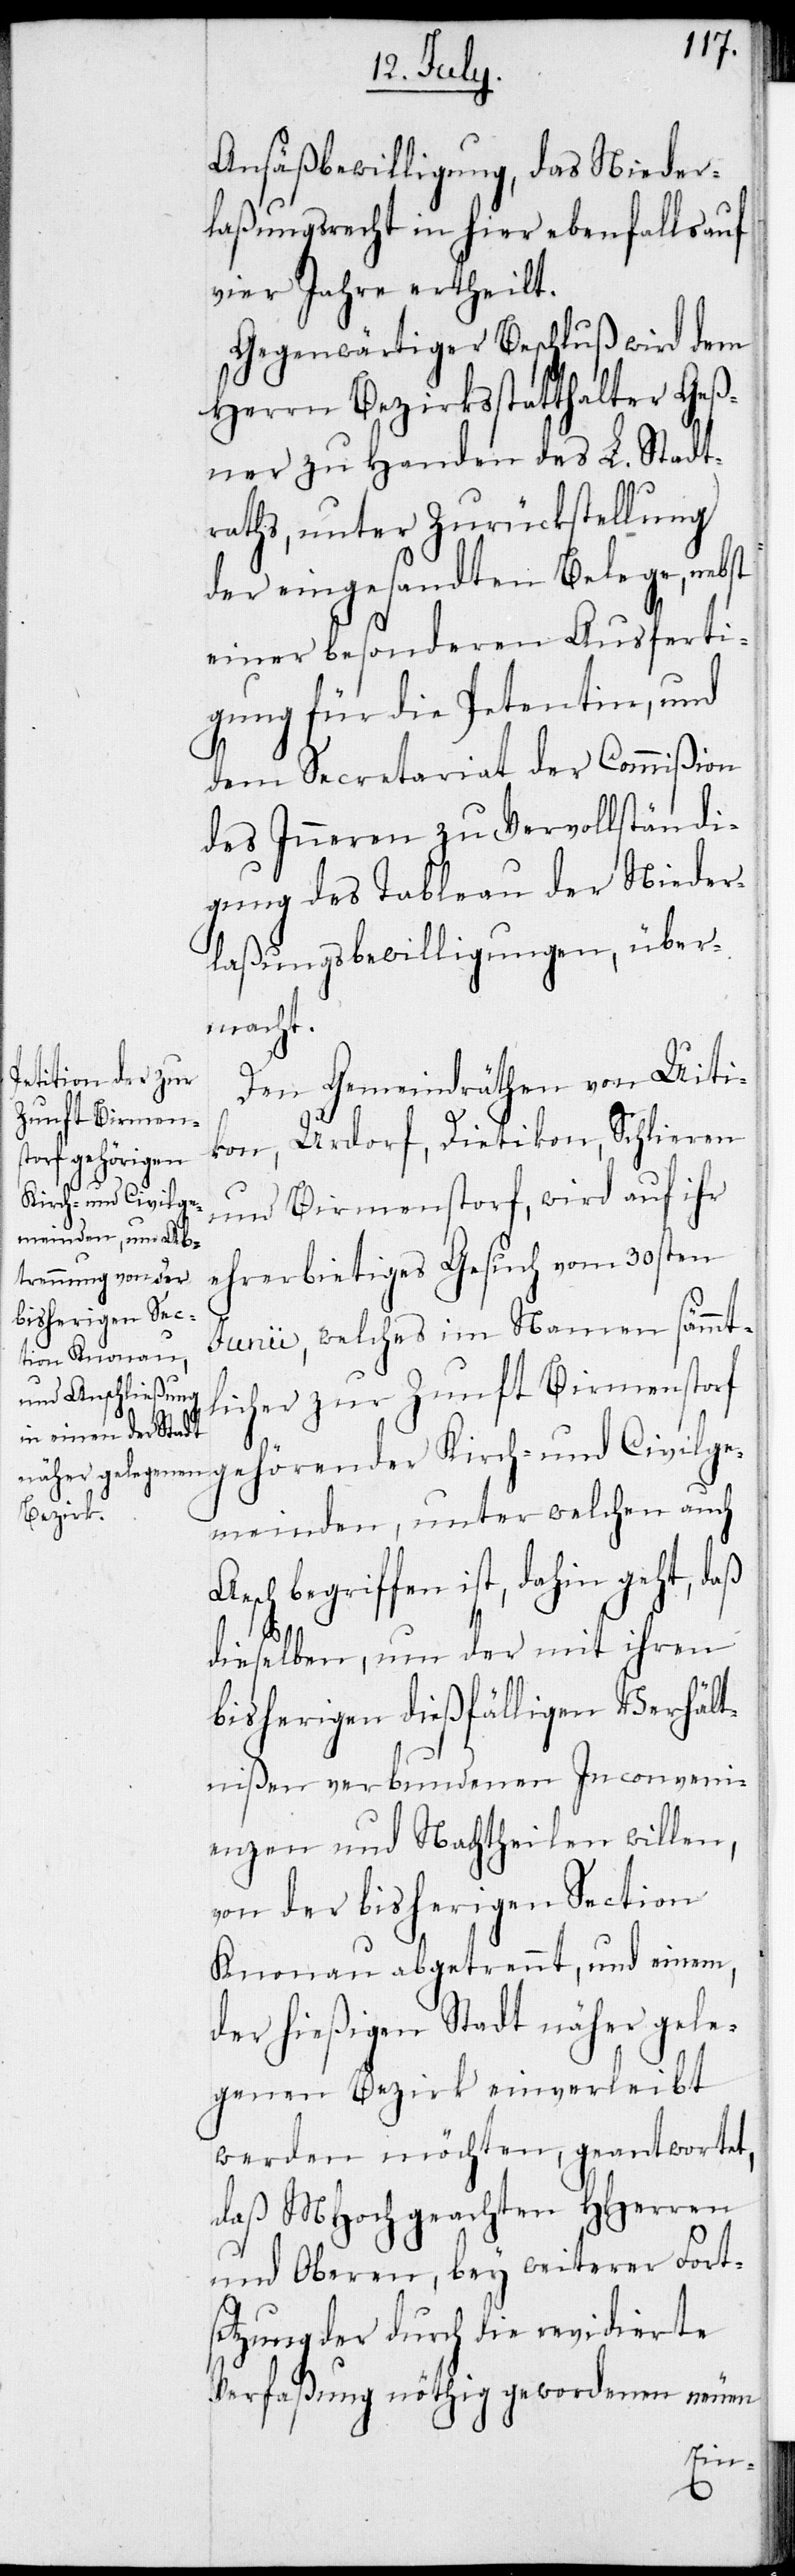
Ansäßbewilligung, das Nieder¬
laßungsrecht in hier ebenfalls auf
vier Jahre ertheilt.
Gegenwärtiger Beschluß wird dem
Herrn Bezirksstatthalter Geß¬
ner zu Handen des L. Stadt¬
raths, unter Zurückstellung
der eingesandten Belege, nebst
einer besonderen Ausferti¬
gung für die Petentin, und
dem Secretariat der Commißion
des Inneren zu Vervollständi¬
gung des Tableau der Nieder¬
laßungsbewilligungen, über¬
macht.
Den Gemeindräthen von Uiti¬
kon, Urdorf, Dietikon, Schlieren
Kirch- und Civilge¬
und Birmenstorf, wird auf ihr
ehrerbietiges Gesuch vom 30sten
Junii, welches im Namen sämmt¬
licher zur Zunft Birmenstorf
meinden, unter welchen auch
Aesch begriffen ist, dahin geht, daß
dieselben, um der mit ihren
bisherigen dießfälligen Verhält¬
nißen verbundenen Inconveni¬
enzen und Nachtheilen willen,
von der bisherigen Section
Knonau abgetrennt, und einem,
der hießigen Stadt näher gele¬
genen Bezirk einverleibt
werden möchten, geantwortet,
als MHochgeachten HHerren
und Oberen, bey weiterer Fort¬
setzung der durch die revidierte
Verfaßung nöthig gewordenen neuen